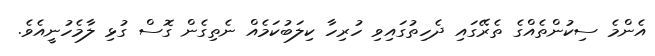
އެންމެ ސިކުންތެއްގެ ތެރޭގައި ދެހިތުގައިވި ހުރިހާ ކިލަބުކަމެއް ނެތިގެން ގޮސް ގުޅި ލާމެހުނީއެވެ.